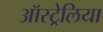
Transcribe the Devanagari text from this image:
ऑस्ट्र्रेलिया